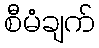
စီမံချက်